Medical and sanitary report on the native army of Bombay for the year
Year: 1878
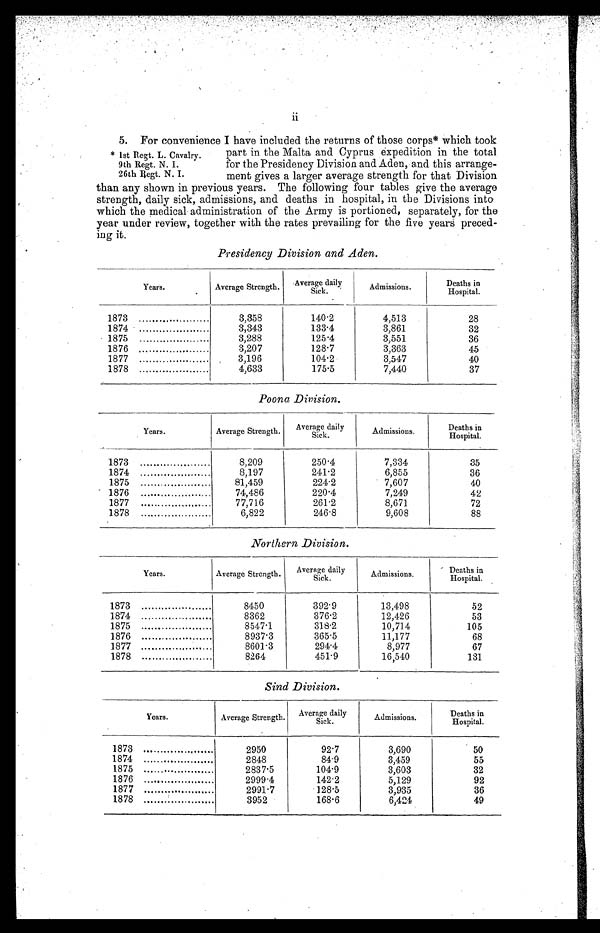
11
5. For convenience I have included the returns of those corps* which took
* 1st Regt. L. Cavalry.
9th Regt. N. I.
26th Regt. N. I.
part in the Malta and Cyprus expedition in the total
for the Presidency Division and Aden, and this arrange-
ment gives a larger average strength for that Division
than any shown in previous years. The following four tables give the average
strength, daily sick, admissions, and deaths in hospital, in the Divisions into
which the medical administration of the Army is portioned, separately, for the
year under review, together with the rates prevailing for the five years preced-
ing it.
Presidency Division and Aden.
Years.
Average Strength.
Average daily
Sick.
Admissions.
Deaths in
Hospital.
1873
3,358
140.2
4,513
28
1874
3,343
133.4
3,861
32
1875
3,288
125.4
3,551
36
1876
3,207
128.7
3,363
45
1877
3,196
104.2
3,547
40
1878
4,633
175.5
7,440
37
Poona Division.
Years.
Average Strength.
Average daily
Sick.
Admissions.
Deaths in
Hospital.
1873
8,209
250.4
7,334
35
1874
8,197
241.2
6,855
36
1875
81,459
224.2
7,607
40
1876
74,486
220.4
7,249
42
1877
77,716
261.2
8,671
72
1878
6,822
246.8
9,608
88
Northern Division.
Years.
Average Strength.
Average daily
Sick.
Admissions.
Deaths in
Hospital.
1873
8450
392.9
13,498
52
1874
8362
376.2
12,426
53
1875
8547.1
318.2
10,714
105
1876
8937.3
365.5
11,177
68
1877
8601.3
294.4
8,977
67
1878
8264
451.9
16,540
131
Sind Division.
Years.
Average Strength.
Average daily
Sick.
Admissions.
Deaths in
Hospital.
1873 ...
2950
92.7
3,690
50
1874
2848
84.9
3,459
55
1875
2837.5
104.9
3,603
32
1876
2999.4
142.2
5,129
92
1877
2991.7
128.5
3,935
36
1878
3952
168.6
6,424
49